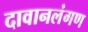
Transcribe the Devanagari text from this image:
दावानलंगण